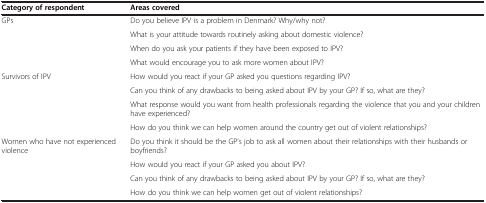
| Category of respondent | Areas covered |
 | --- | --- |
 | GPs | Do you believe IPV is a problem in Denmark? Why/why not? |
 |  | What is your attitude towards routinely asking about domestic violence? |
 |  | When do you ask your patients if they have been exposed to IPV? |
 |  | What would encourage you to ask more women about IPV? |
 | Survivors of IPV | How would you react if your GP asked you questions regarding IPV? |
 |  | Can you think of any drawbacks to being asked about IPV by your GP? If so, what are they? |
 |  | What response would you want from health professionals regarding the violence that you and your children have experienced? |
 |  | How do you think we can help women around the country get out of violent relationships? |
 | Women who have not experienced violence | Do you think it should be the GP’s job to ask all women about their relationships with their husbands or boyfriends? |
 |  | How would you react if your GP asked you about IPV? |
 |  | Can you think of any drawbacks to being asked about IPV by your GP? If so, what are they? |
 |  | How do you think we can help women get out of violent relationships? |